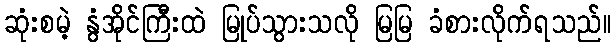
ဆုံးစမဲ့ နွံအိုင်ကြီးထဲ မြုပ်သွားသလို မြမြ ခံစားလိုက်ရသည်။